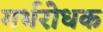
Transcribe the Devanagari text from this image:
गर्भरोधक